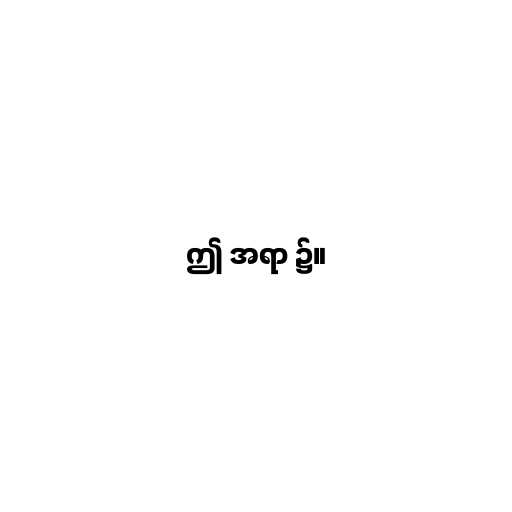
ဤ အရာ ၌။